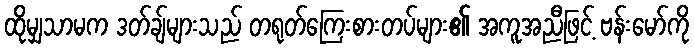
ထိုမျှသာမက ဒတ်ချ်များသည် တရုတ်ကြေးစားတပ်များ၏ အကူအညီဖြင့် ဗန်းမော်ကို